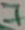
Text: 7